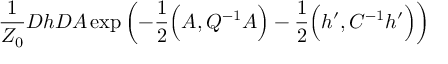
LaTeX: \frac { 1 } { Z _ { 0 } } { \cal D } h { \cal D } A \exp \left( - \frac { 1 } { 2 } \Big ( A , Q ^ { - 1 } A \Big ) - \frac { 1 } { 2 } \Big ( h ^ { \prime } , C ^ { - 1 } h ^ { \prime } \Big ) \right)